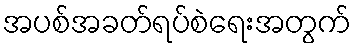
အပစ်အခတ်ရပ်စဲရေးအတွက်